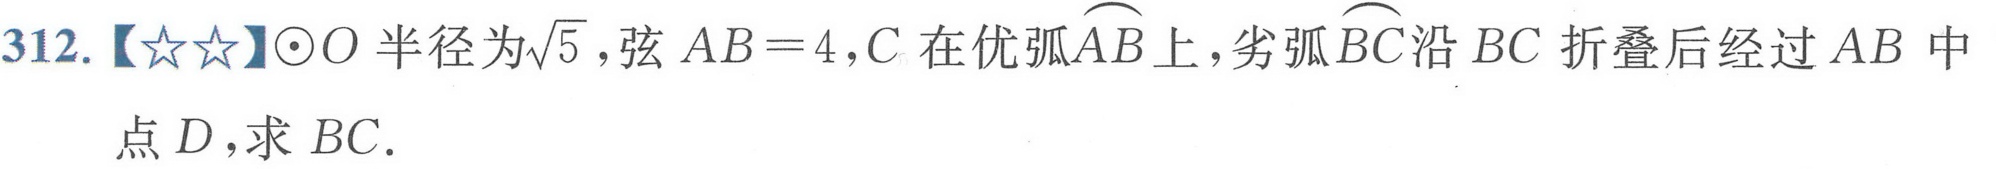
312.【★★】\(\odot O\)半径为\(\sqrt{5}\)，弦\(AB = 4\)，\(C\)在优弧\(\overset{\frown}{AB}\)上，劣弧\(\overset{\frown}{BC}\)沿 \(BC\) 折叠后经过 \(AB\) 中点 \(D\)，求 \(BC\).